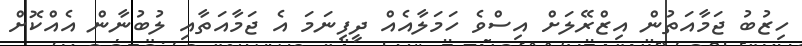
ހިޒުބު ޖަމާއަތުން އިޒްރޭލަށް އިސްވެ ހަމަލާއެއް ދީފިނަމަ އެ ޖަމާއަތާއި ލުބުނާން އެއްކޮށް